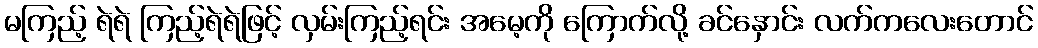
မကြည့် ရဲရဲ ကြည့်ရဲရဲဖြင့် လှမ်းကြည့်ရင်း အမေ့ကို ကြောက်လို့ ခင်နှောင်း လက်ကလေးတောင်